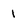
Character: 1